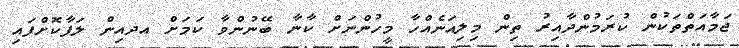
ޖަމާއަތްތަކުން ކުރަމުންދާއިރު ތިން މިލިއަނެއްހާ މީހުންނަށް ކާނާ ބޭނުންވާ ކަމަށް އދއިން ލަފާކޮށްފައި